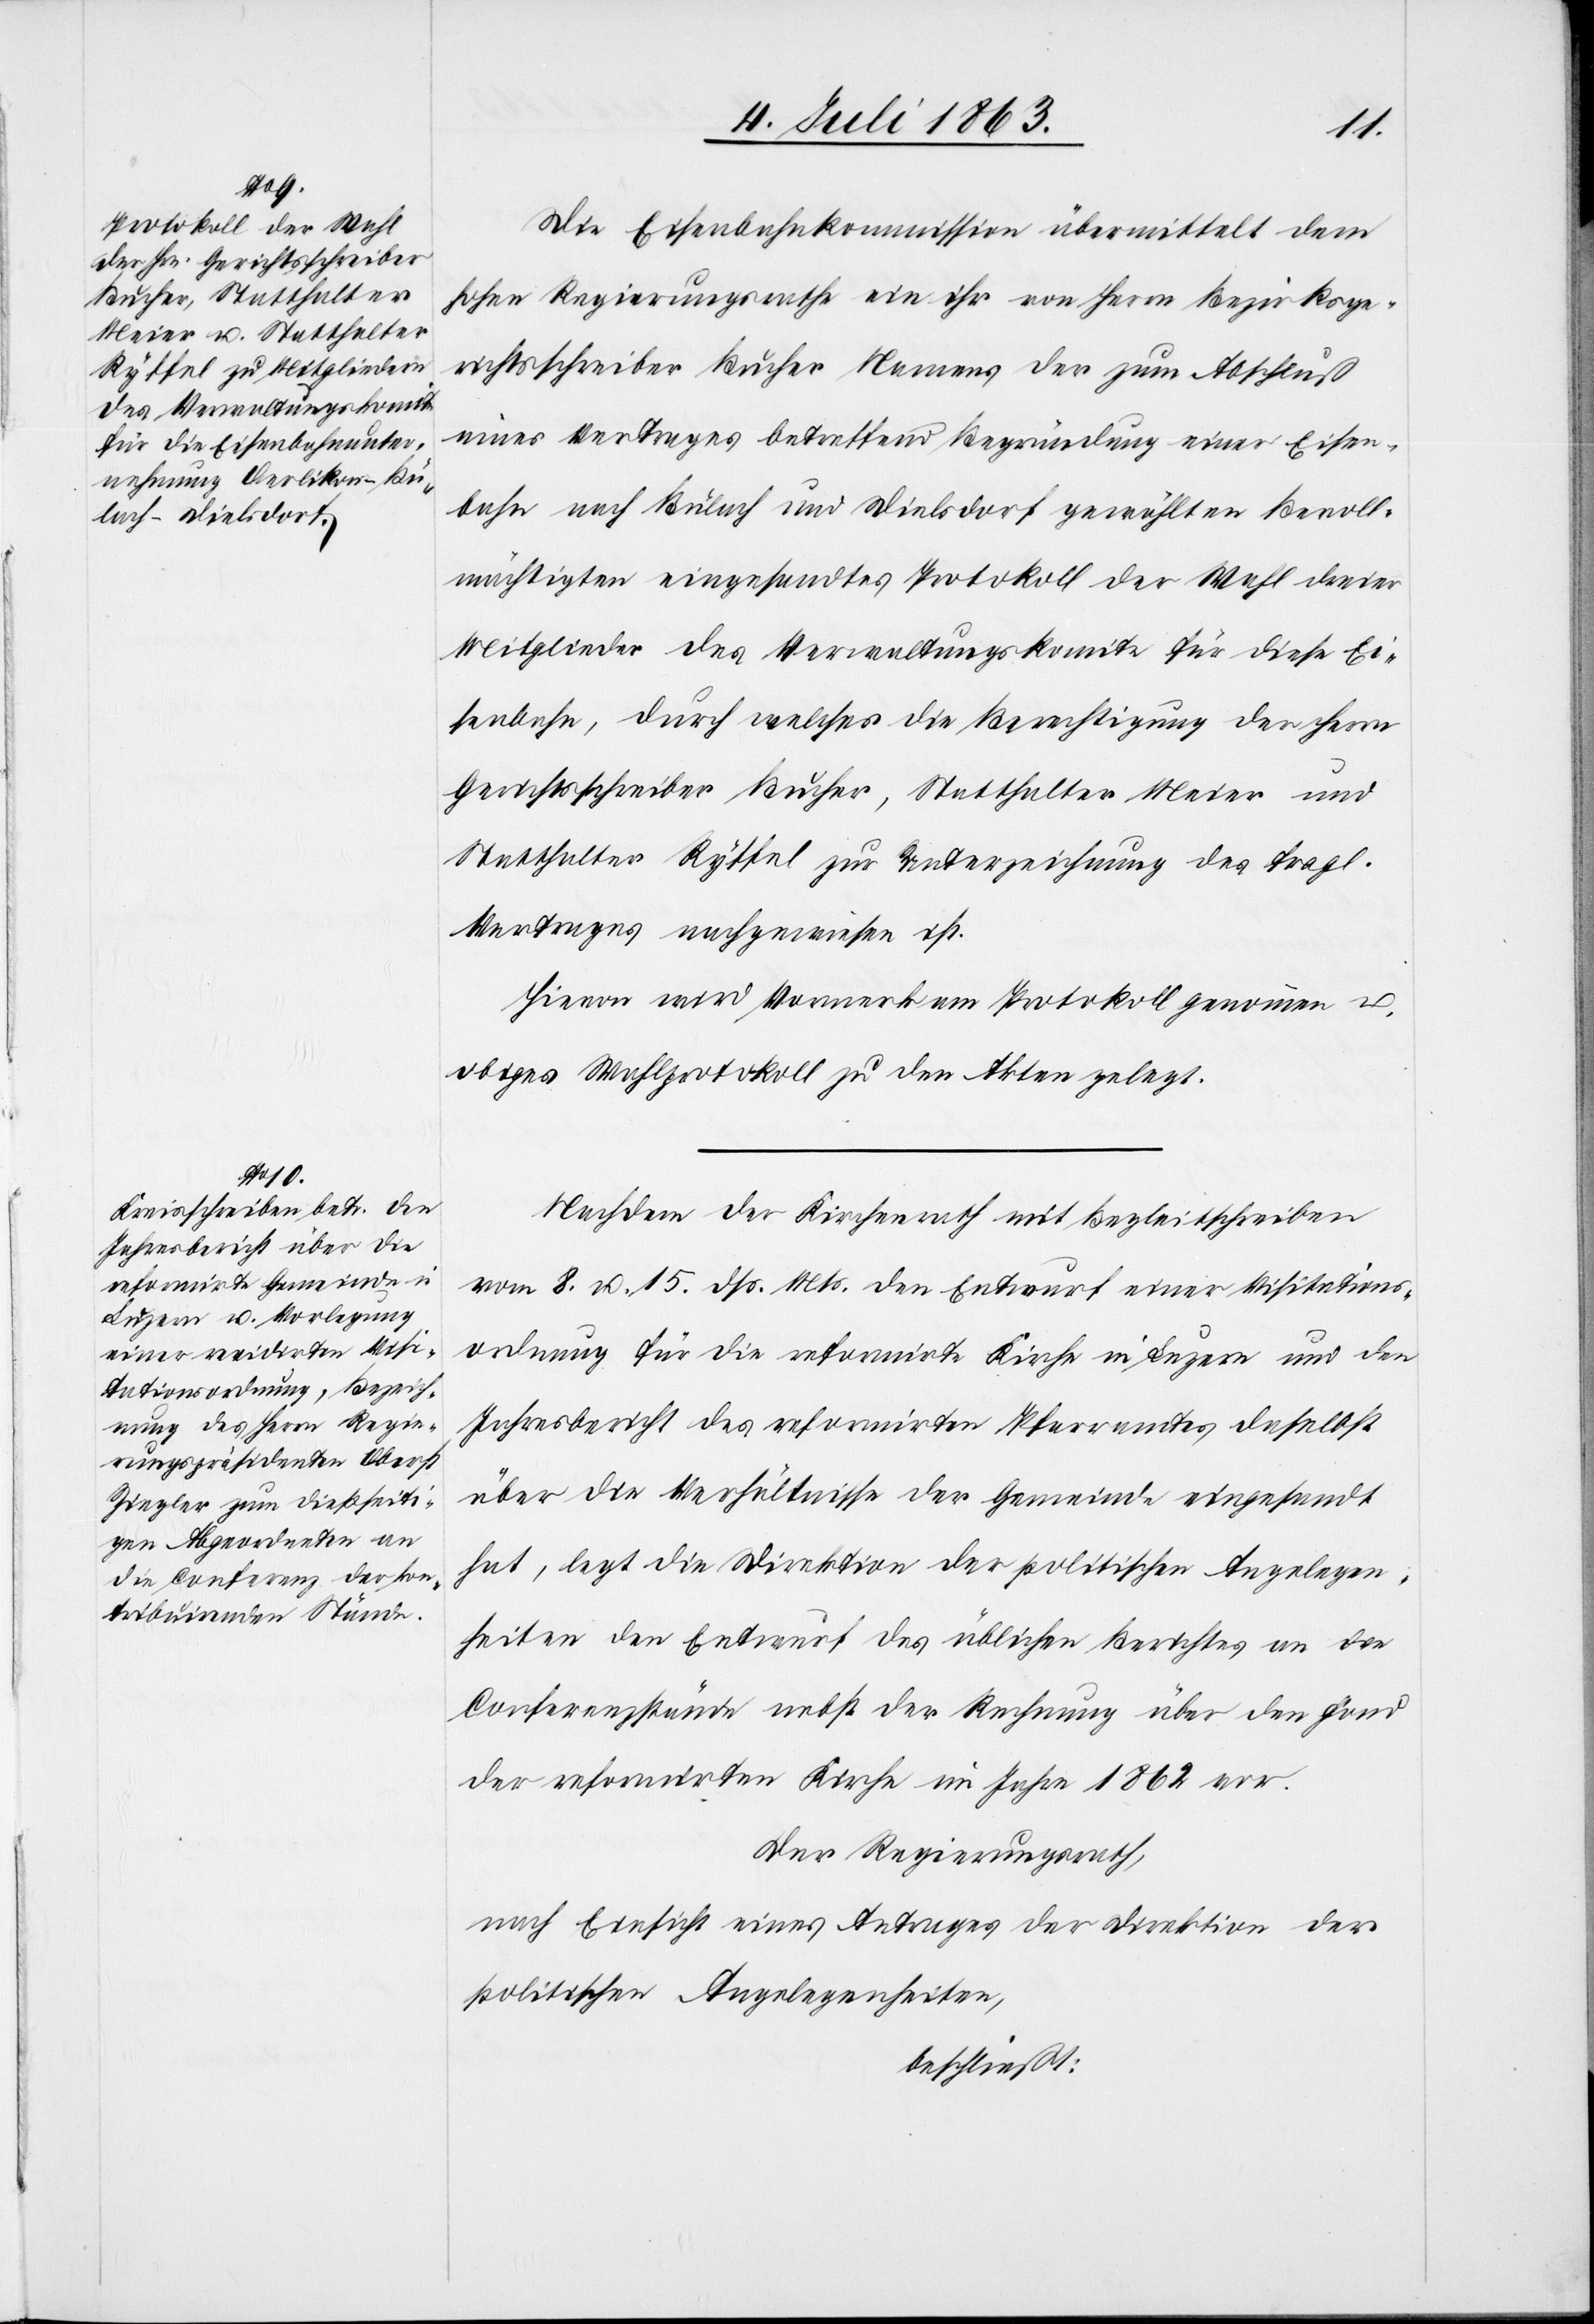
Die Eisenbahnkommission übermittelt dem
hohen Regierungsrathe ein ihr von Herrn Bezirksge¬
richtsschreiber Bucher Namens der zum Abschluß
eines Vertrages betreffend Begründung einer Eisen¬
bahn nach Bülach und Dielsdorf gewählten Bevoll¬
mächtigten eingesandtes Protokoll der Wahl dreier
Mitglieder des Verwaltungskomite für diese Ei¬
senbahn, durch welches die Berechtigung der Herrn
Gerichtsschreiber Bucher, Statthalter Meier und
Statthalter Ryffel zur Unterzeichnung des fragl.
Vertrages nachgewiesen ist.
Hievon wird Vormerk am Protokoll genommen u.
obiges Wahlprotokoll zu den Akten gelegt.
Nachdem der Kirchenrath mit Begleitschreiben
vom 8. u. 15. dß. Mts. den Entwurf einer Visitations¬
ordnung für die reformirte Kirche in Luzern und den
Jahresbericht des reformirten Pfarramtes daselbst
über die Verhältnisse der Gemeinde eingesandt
hat, legt die Direktion der politischen Angelegen¬
heiten den Entwurf des üblichen Berichtes an die
Conferenzstände nebst der Rechnung über den Fond
der reformirten Kirche im Jahre 1862 vor.
Der Regierungsrath,
nach Einsicht eines Antrages der Direktion der
politischen Angelegenheiten,
beschließt: